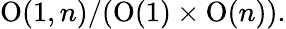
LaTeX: \mathrm{O}(1,n)/(\mathrm{O}(1)\times\mathrm{O}(n)).